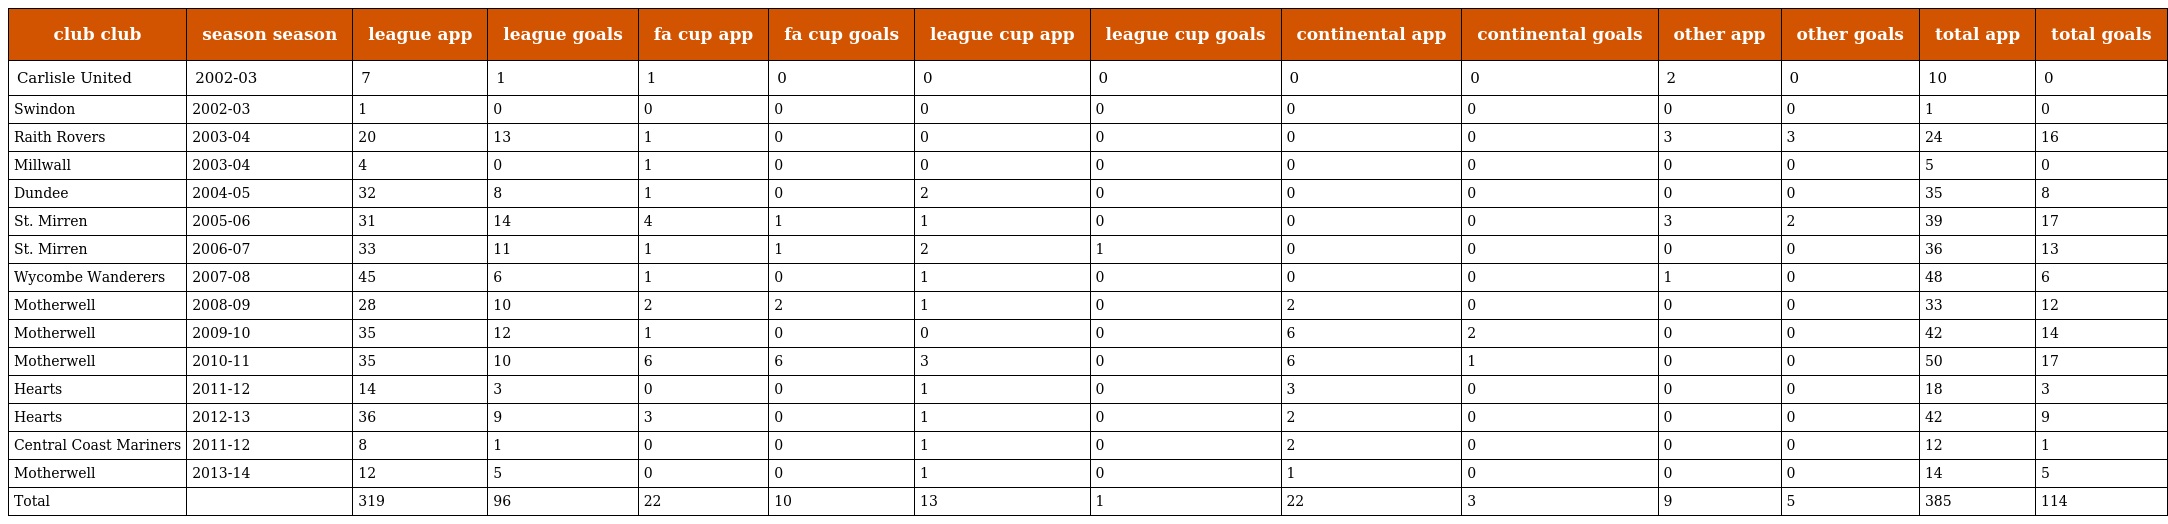
| club club | season season | league app | league goals | fa cup app | fa cup goals | league cup app | league cup goals | continental app | continental goals | other app | other goals | total app | total goals |
 | --- | --- | --- | --- | --- | --- | --- | --- | --- | --- | --- | --- | --- | --- |
 | Carlisle United | 2002-03 | 7 | 1 | 1 | 0 | 0 | 0 | 0 | 0 | 2 | 0 | 10 | 0 |
 | Swindon | 2002-03 | 1 | 0 | 0 | 0 | 0 | 0 | 0 | 0 | 0 | 0 | 1 | 0 |
 | Raith Rovers | 2003-04 | 20 | 13 | 1 | 0 | 0 | 0 | 0 | 0 | 3 | 3 | 24 | 16 |
 | Millwall | 2003-04 | 4 | 0 | 1 | 0 | 0 | 0 | 0 | 0 | 0 | 0 | 5 | 0 |
 | Dundee | 2004-05 | 32 | 8 | 1 | 0 | 2 | 0 | 0 | 0 | 0 | 0 | 35 | 8 |
 | St. Mirren | 2005-06 | 31 | 14 | 4 | 1 | 1 | 0 | 0 | 0 | 3 | 2 | 39 | 17 |
 | St. Mirren | 2006-07 | 33 | 11 | 1 | 1 | 2 | 1 | 0 | 0 | 0 | 0 | 36 | 13 |
 | Wycombe Wanderers | 2007-08 | 45 | 6 | 1 | 0 | 1 | 0 | 0 | 0 | 1 | 0 | 48 | 6 |
 | Motherwell | 2008-09 | 28 | 10 | 2 | 2 | 1 | 0 | 2 | 0 | 0 | 0 | 33 | 12 |
 | Motherwell | 2009-10 | 35 | 12 | 1 | 0 | 0 | 0 | 6 | 2 | 0 | 0 | 42 | 14 |
 | Motherwell | 2010-11 | 35 | 10 | 6 | 6 | 3 | 0 | 6 | 1 | 0 | 0 | 50 | 17 |
 | Hearts | 2011-12 | 14 | 3 | 0 | 0 | 1 | 0 | 3 | 0 | 0 | 0 | 18 | 3 |
 | Hearts | 2012-13 | 36 | 9 | 3 | 0 | 1 | 0 | 2 | 0 | 0 | 0 | 42 | 9 |
 | Central Coast Mariners | 2011-12 | 8 | 1 | 0 | 0 | 1 | 0 | 2 | 0 | 0 | 0 | 12 | 1 |
 | Motherwell | 2013-14 | 12 | 5 | 0 | 0 | 1 | 0 | 1 | 0 | 0 | 0 | 14 | 5 |
 | Total |  | 319 | 96 | 22 | 10 | 13 | 1 | 22 | 3 | 9 | 5 | 385 | 114 |